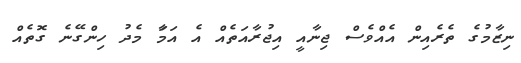
ނިޒާމުގެ ތެރެއިން އެއްވެސް ޖިނާއީ އިޖުރާއަތެއް އެ އަމަާ މެދު ހިންގޭނެ ގޮތެއް